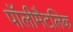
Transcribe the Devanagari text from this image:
पॉलीमैटलिक